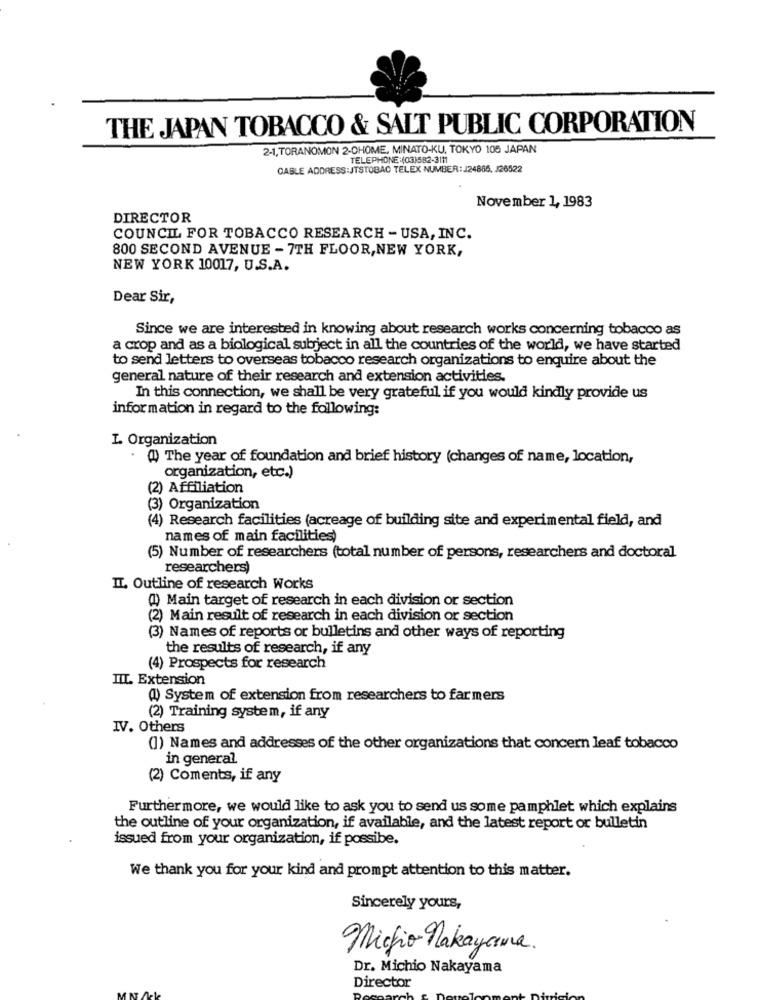
THE JAPAN TOBACCO & SALT PUBLIC CORPORATION
2-1, TORANOMON 2-OHOME, MINATO-KU, TOKYO 105 JAPAN
TELEPHONE:(03)582-3111
CABLE ADDRESS:JTSTOBAC TELEX NUMBER: J24865, J26522
November 1, 1983
DIRECTOR
COUNCIL FOR TOBACCO RESEARCH - USA, INC.
800 SECOND AVENUE - 7TH FLOOR, NEW YORK,
NEW YORK 10017, U.S.A.
Dear Sir,
Since we are interested in knowing about research works concerning tobacco as
a crop and as a biological subject in all the countries of the world, we have started
to send letters to overseas tobacco research organizations to enquire about the
general nature of their research and extension activities.
In this connection, we shall be very grateful if you would kindly provide us
information in regard to the following:
L Organization
") The year of foundation and brief history (changes of name, location,
organization, etc.)
(2) Affiliation
(3) Organization
(4) Research facilities (acreage of building site and experimental field, and
names of main facilities
(5) Number of researchers (total number of persons, researchers and doctoral
researchers)
IT. Outline of research Works
(1) Main target of research in each division or section
(2) Main result of research in each division or section
(3) Names of reports or bulletins and other ways of reporting
the results of research, if any
(4) Prospects for research
TIL. Extension
(4) System of extension from researchers to farmers
(2) Training system, if any
IV. Others
(1) Names and addresses of the other organizations that concern leaf tobacco
in general
(2) Coments, if any
Furthermore, we would like to ask you to send us some pamphlet which explains
the outline of your organization, if available, and the latest report or bulletin
issued from your organization, if possibe.
We thank you for your kind and prompt attention to this matter.
Sincerely yours,
Mickio nakayama.
Dr. Michio Nakayama
Director